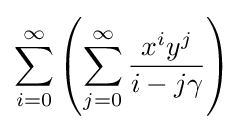
\sum _{i=0}^{\infty }\left(\sum _{j=0}^{\infty }{\frac {x^{i}y^{j}}{i-j\gamma }}\right)